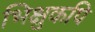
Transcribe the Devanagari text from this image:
भिक्षुकपि